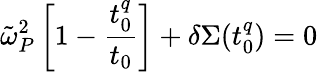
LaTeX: \tilde{\omega}_{P}^{2}\left[1-\frac{t_{0}^{q}}{t_{0}}\right]+{\delta}\Sigma(t_{0}^{q})=0